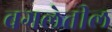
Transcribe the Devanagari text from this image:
बगलेतील